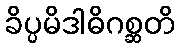
ခိပ္ပမိဒါဓိဂစ္ဆတိ